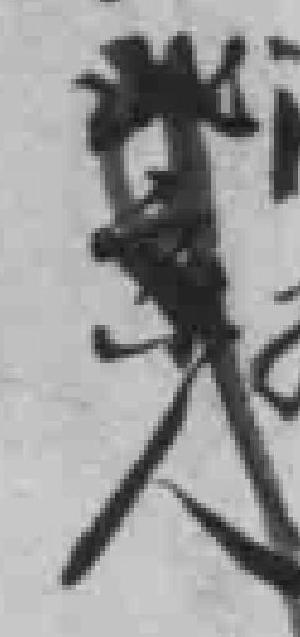
北京人